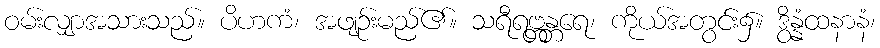
ဝမ်းလျှာအသားသည်။ ပိဟကံ၊ အဖျဉ်းမည်၏။ သရီရဗ္တန္တရေ၊ ကိုယ်အတွင်း၌။ ဒွိန္နံထနာနံ၊